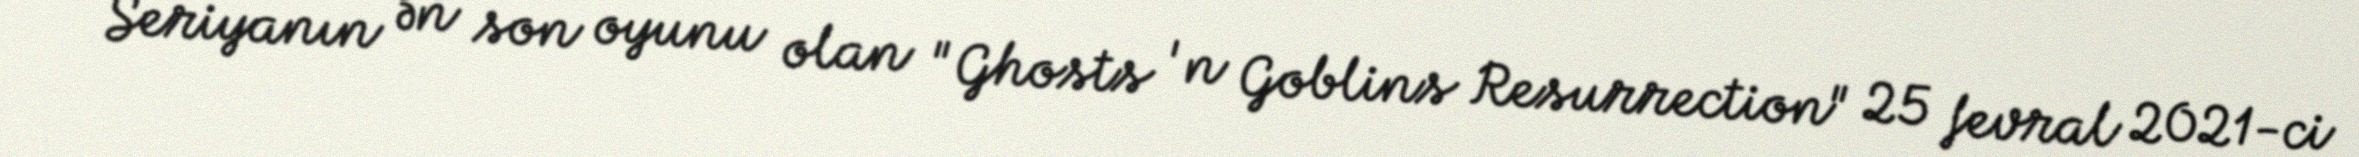
Seriyanın ən son oyunu olan "Ghosts 'n Goblins Resurrection" 25 fevral 2021-ci